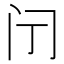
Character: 𮤫